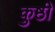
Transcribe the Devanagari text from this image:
कुष्ठी